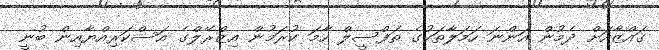
ގައްޒާއަށް ދެމުން އަންނަ ހަމަލާތަކުގެ ތަފްސީލް ހާމަ ކުރަމުން އިޒްރޭލްގެ އަސްކަރިއްޔާއިން ބުނީ